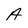
Character: A